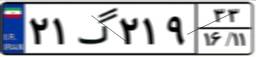
۲۱گ۲۱۹۳۳